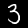
Label: 3